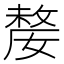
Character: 嫠